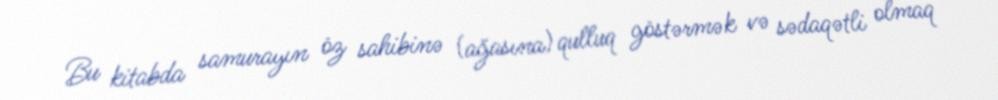
Bu kitabda samurayın öz sahibinə (ağasına) qulluq göstərmək və sədaqətli olmaq